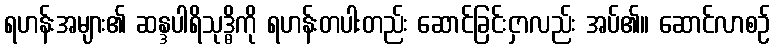
ရဟန်းအများ၏ ဆန္ဒပါရိသုဒ္ဓိကို ရဟန်းတပါးတည်း ဆောင်ခြင်းငှာလည်း အပ်၏။ ဆောင်လာစဉ်